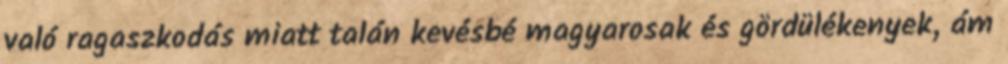
való ragaszkodás miatt talán kevésbé magyarosak és gördülékenyek, ám